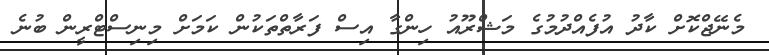
މެނޭޖްކޮށް ކާދު އުފެއްދުމުގެ މަޝްރޫއު ހިންގާ އިސް ފަރާތްތަކުން ކަމަށް މިނިސްޓްރީން ބުނެ